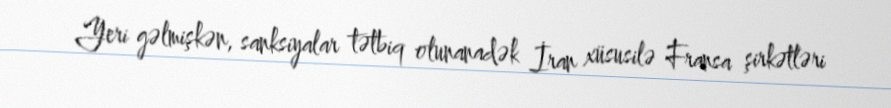
Yeri gəlmişkən, sanksiyalar tətbiq olunanadək İran xüsusilə Fransa şirkətləri